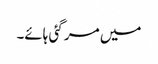
میں مر گئی ہائے۔